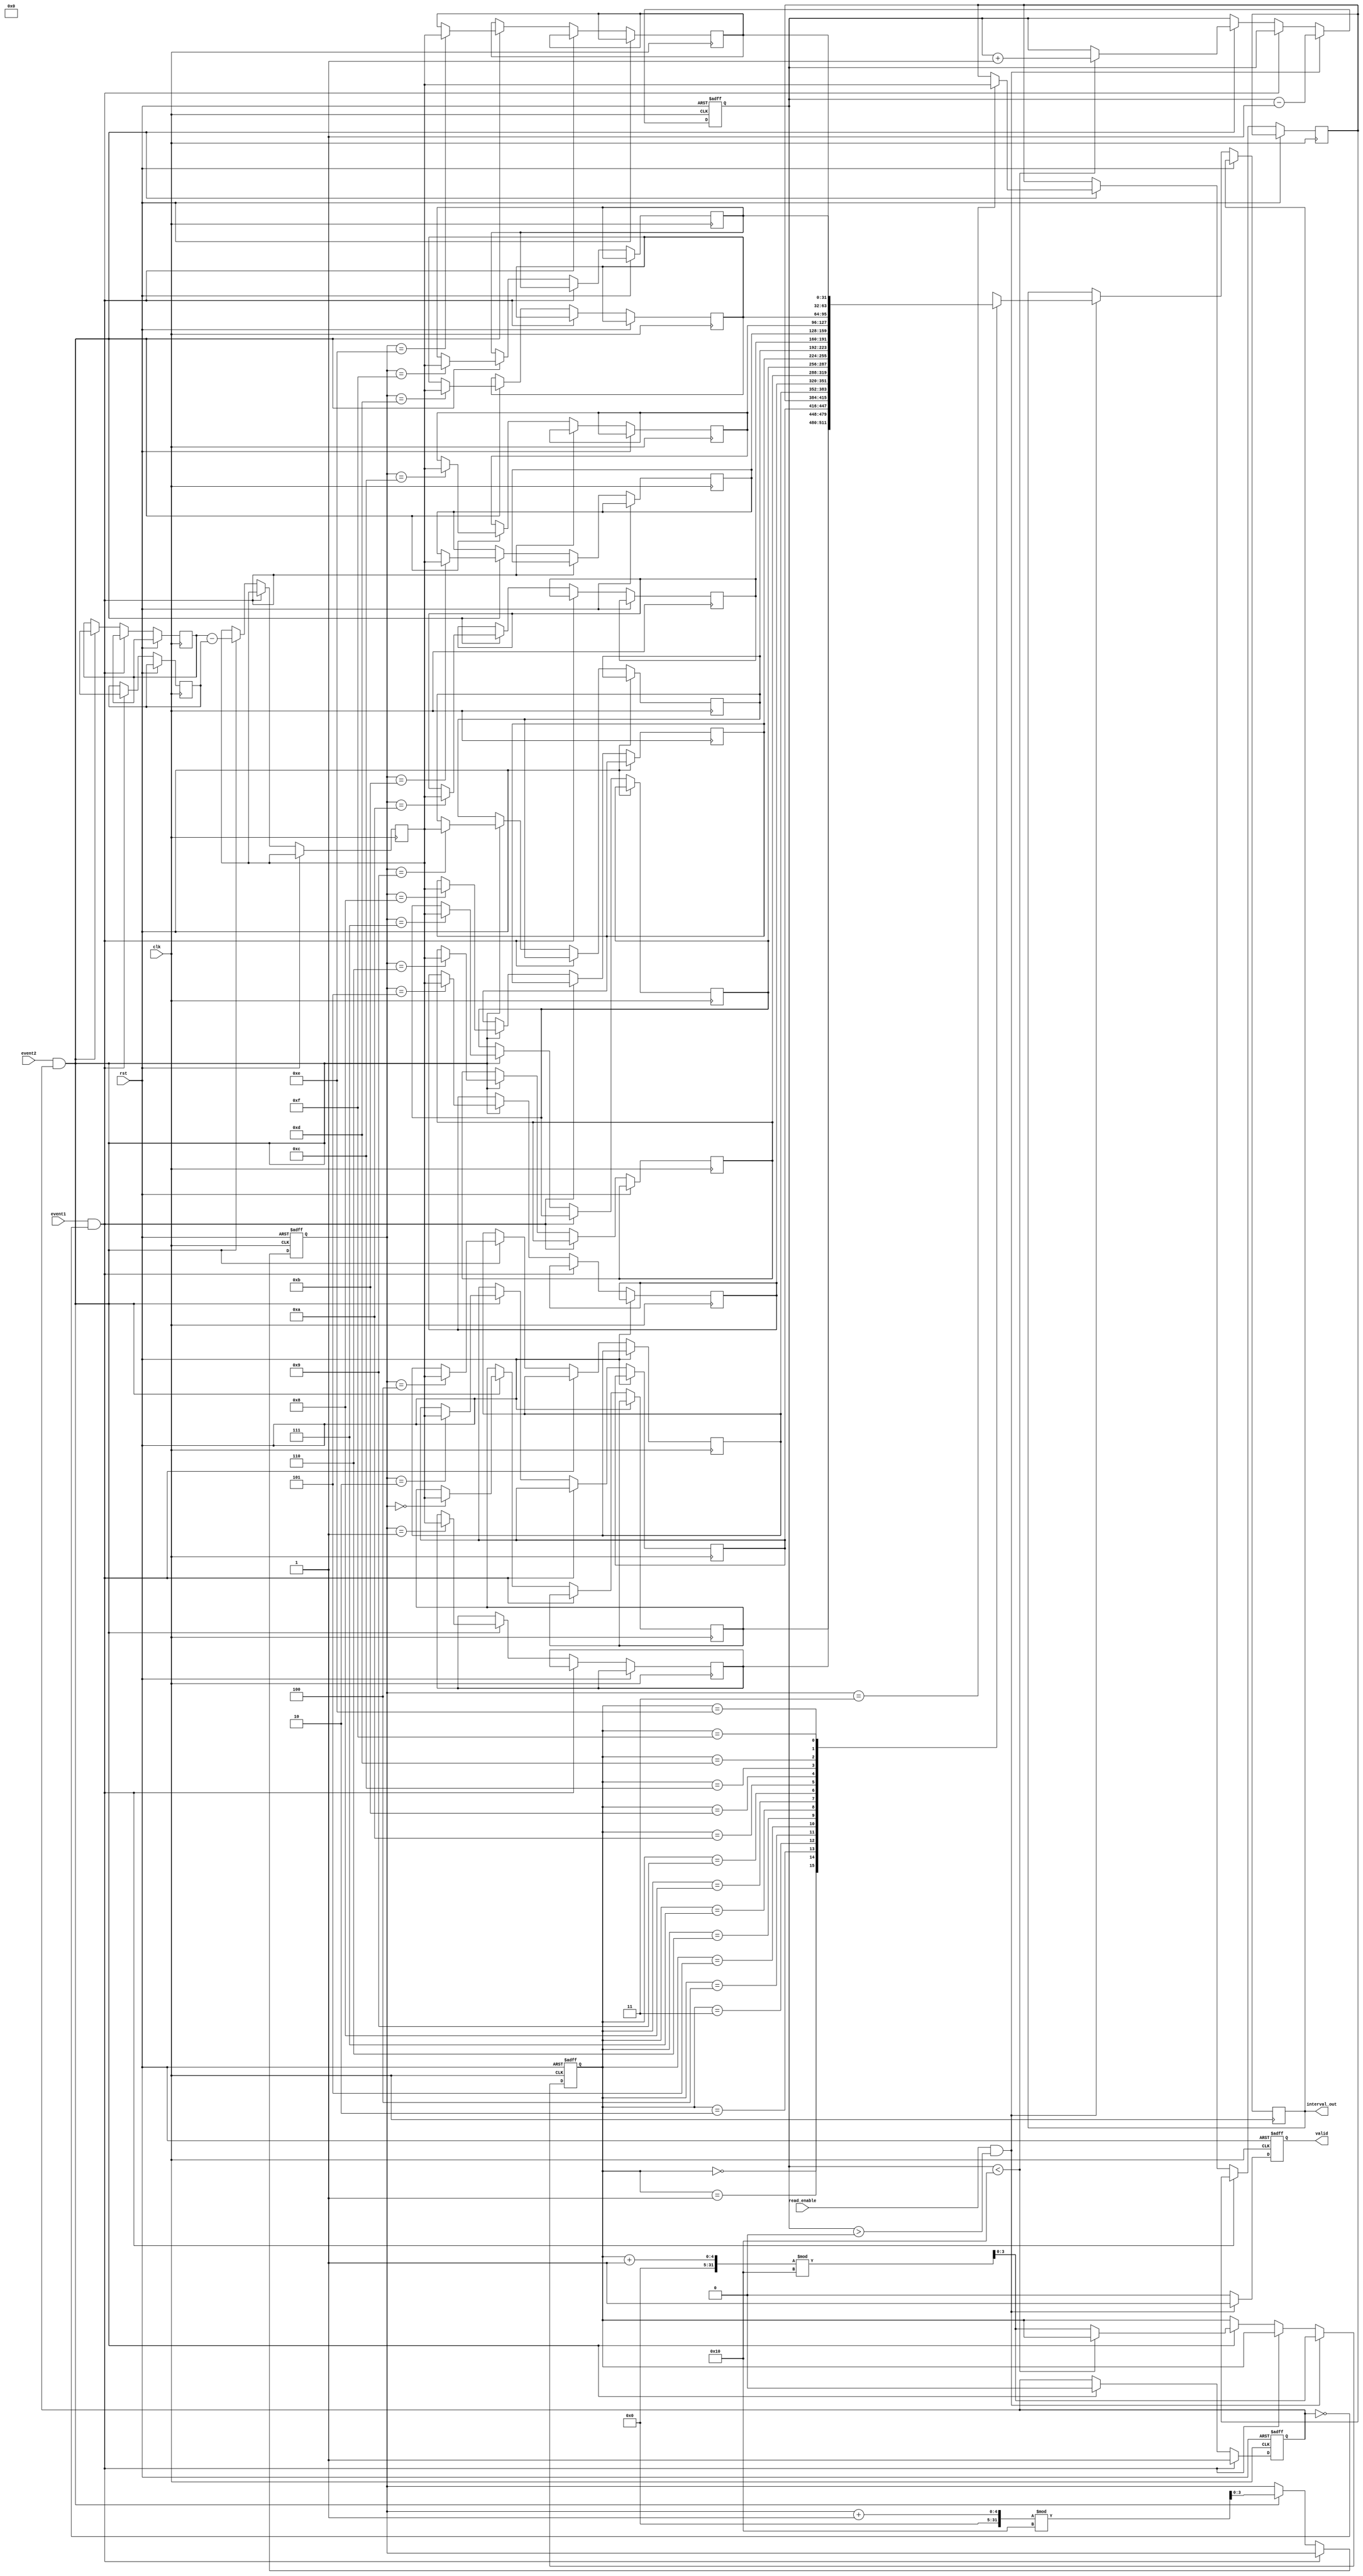
module tdc (
    input wire clk,                  // Reference clock
    input wire rst,                  // Reset signal
    input wire event1,               // Event input channel 1
    input wire event2,               // Event input channel 2
    output reg [31:0] interval_out,  // Measured time interval output
    output reg valid,                // Valid signal for output
    input wire read_enable            // Signal to read output
);

    // Parameter definitions
    parameter FIFO_SIZE = 16;       // Size of the FIFO buffer
    parameter DATA_WIDTH = 32;       // Width of the data (timestamps, intervals)

    // Internal signals
    reg [DATA_WIDTH-1:0] time_stamp1; // First timestamp
    reg [DATA_WIDTH-1:0] time_stamp2; // Second timestamp
    reg [DATA_WIDTH-1:0] fifo_memory [0:FIFO_SIZE-1]; // FIFO buffer for intervals
    reg [3:0] write_ptr;              // FIFO write pointer
    reg [3:0] read_ptr;               // FIFO read pointer
    reg [3:0] count;                  // Count of valid data in FIFO
    reg [DATA_WIDTH-1:0] interval;    // Interval calculation result
    reg event1_detected;              // Flag for first event detected

    // Reset logic and FIFO management
    always @(posedge clk or posedge rst) begin
        if (rst) begin
            write_ptr <= 0;
            read_ptr <= 0;
            count <= 0;
            valid <= 0;
            event1_detected <= 0;
        end else begin
            // Detect events and timestamp
            if (event1 && !event1_detected) begin
                time_stamp1 <= $time; // Capture first timestamp
                event1_detected <= 1;
            end else if (event2 && event1_detected) begin
                time_stamp2 <= $time; // Capture second timestamp
                
                // Calculate interval
                interval <= time_stamp2 - time_stamp1;
                // Store interval in FIFO if there's space
                if (count < FIFO_SIZE) begin
                    fifo_memory[write_ptr] <= interval;
                    write_ptr <= (write_ptr + 1) % FIFO_SIZE;
                    count <= count + 1;
                end else begin
                    // If FIFO is full, overwrite the oldest entry
                    fifo_memory[write_ptr] <= interval;
                    write_ptr <= (write_ptr + 1) % FIFO_SIZE;
                    read_ptr <= (read_ptr + 1) % FIFO_SIZE; // Move read pointer ahead
                end

                // Reset event flag
                event1_detected <= 0;
            end
            
            // Output logic
            if (read_enable && count > 0) begin
                interval_out <= fifo_memory[read_ptr];
                valid <= 1;
                read_ptr <= (read_ptr + 1) % FIFO_SIZE;
                count <= count - 1;
            end else begin
                valid <= 0;
            end
        end
    end

endmodule